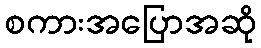
စကားအပြောအဆို